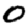
Digit: 0